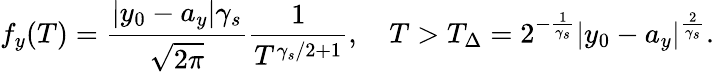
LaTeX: f_{y}(T)=\frac{|y_{0}-a_{y}|\gamma_{s}}{\sqrt{2\pi}}\frac{1}{T^{\gamma_{s}/2+1}},\quad T>T_{\Delta}=2^{-\frac{1}{\gamma_{s}}}|y_{0}-a_{y}|^{\frac{2}{\gamma_{s}}}.